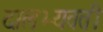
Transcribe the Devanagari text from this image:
दालभ्यवती